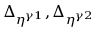
\Delta _ { \eta ^ { \gamma 1 } } , \Delta _ { \eta ^ { \gamma 2 } }